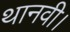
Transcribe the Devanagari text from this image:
थानवी।